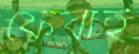
ফেরাই